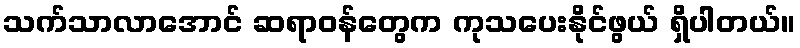
သက်သာလာအောင် ဆရာဝန်တွေက ကုသပေးနိုင်ဖွယ် ရှိပါတယ်။